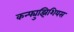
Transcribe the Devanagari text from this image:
कन्फ्युझिशियस